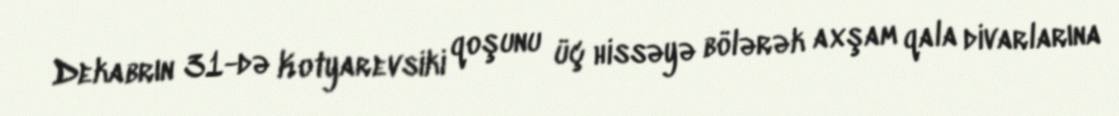
Dekabrın 31-də Kotyarevsiki qoşunu üç hissəyə bölərək axşam qala divarlarına